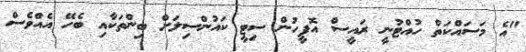
"އެ މަސައްކަތް ހުއްޓުނީ ރައީސް އޮފީހުން ސިޓީ ކައުންސިލަށް ބިންތަކާއި ބެހޭ އެއްވެސް